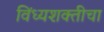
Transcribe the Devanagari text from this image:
विंध्यशक्तीचा